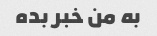
به من خبر بده